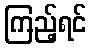
ကြည့်ရင်